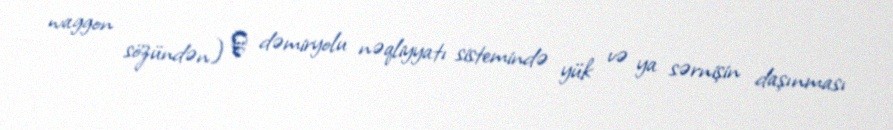
waggon sözündən) ― dəmiryolu nəqliyyatı sistemində yük və ya sərnişin daşınması